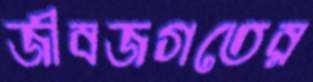
জীবজগতের